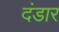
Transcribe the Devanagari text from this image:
दंडार